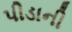
પીડાની